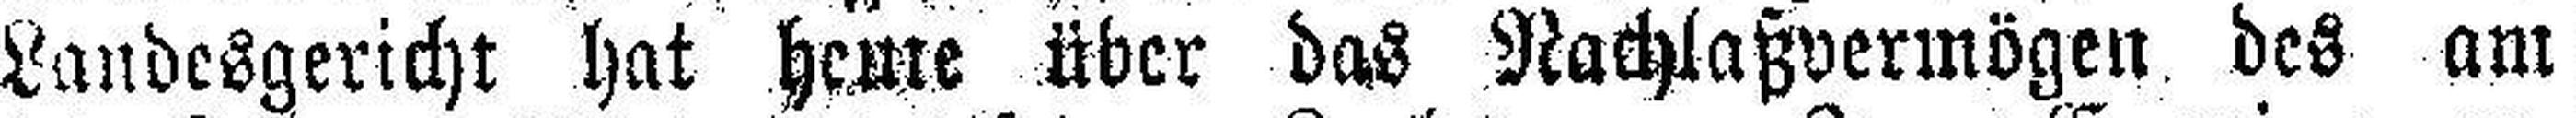
Landesgericht hat heme über das Nachlaßvermögen des am